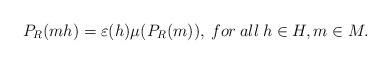
LaTeX: \begin{align*}P_R(mh)=\varepsilon(h)\mu(P_R(m)), \: for\:all\: h\in H, m\in M.\end{align*}